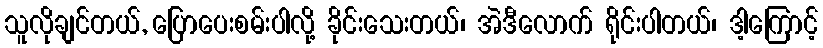
သူလိုချင်တယ်, ပြောပေးစမ်းပါလို့ ခိုင်းသေးတယ်၊ အဲဒီလောက် ရိုင်းပါတယ်၊ ဒါ့ကြောင့်